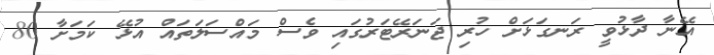
އޭނާ ދާޅުވީ ރަނގަޅަށް ހުރި ޖަނަރޭޓަރުގައި ވެސް މައްސަލަތައް އުޅޭ ކަމަށާ 80